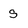
Character: s